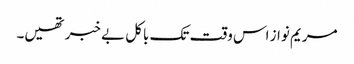
مریم نواز اس وقت تک باکل بے خبر تھیں۔